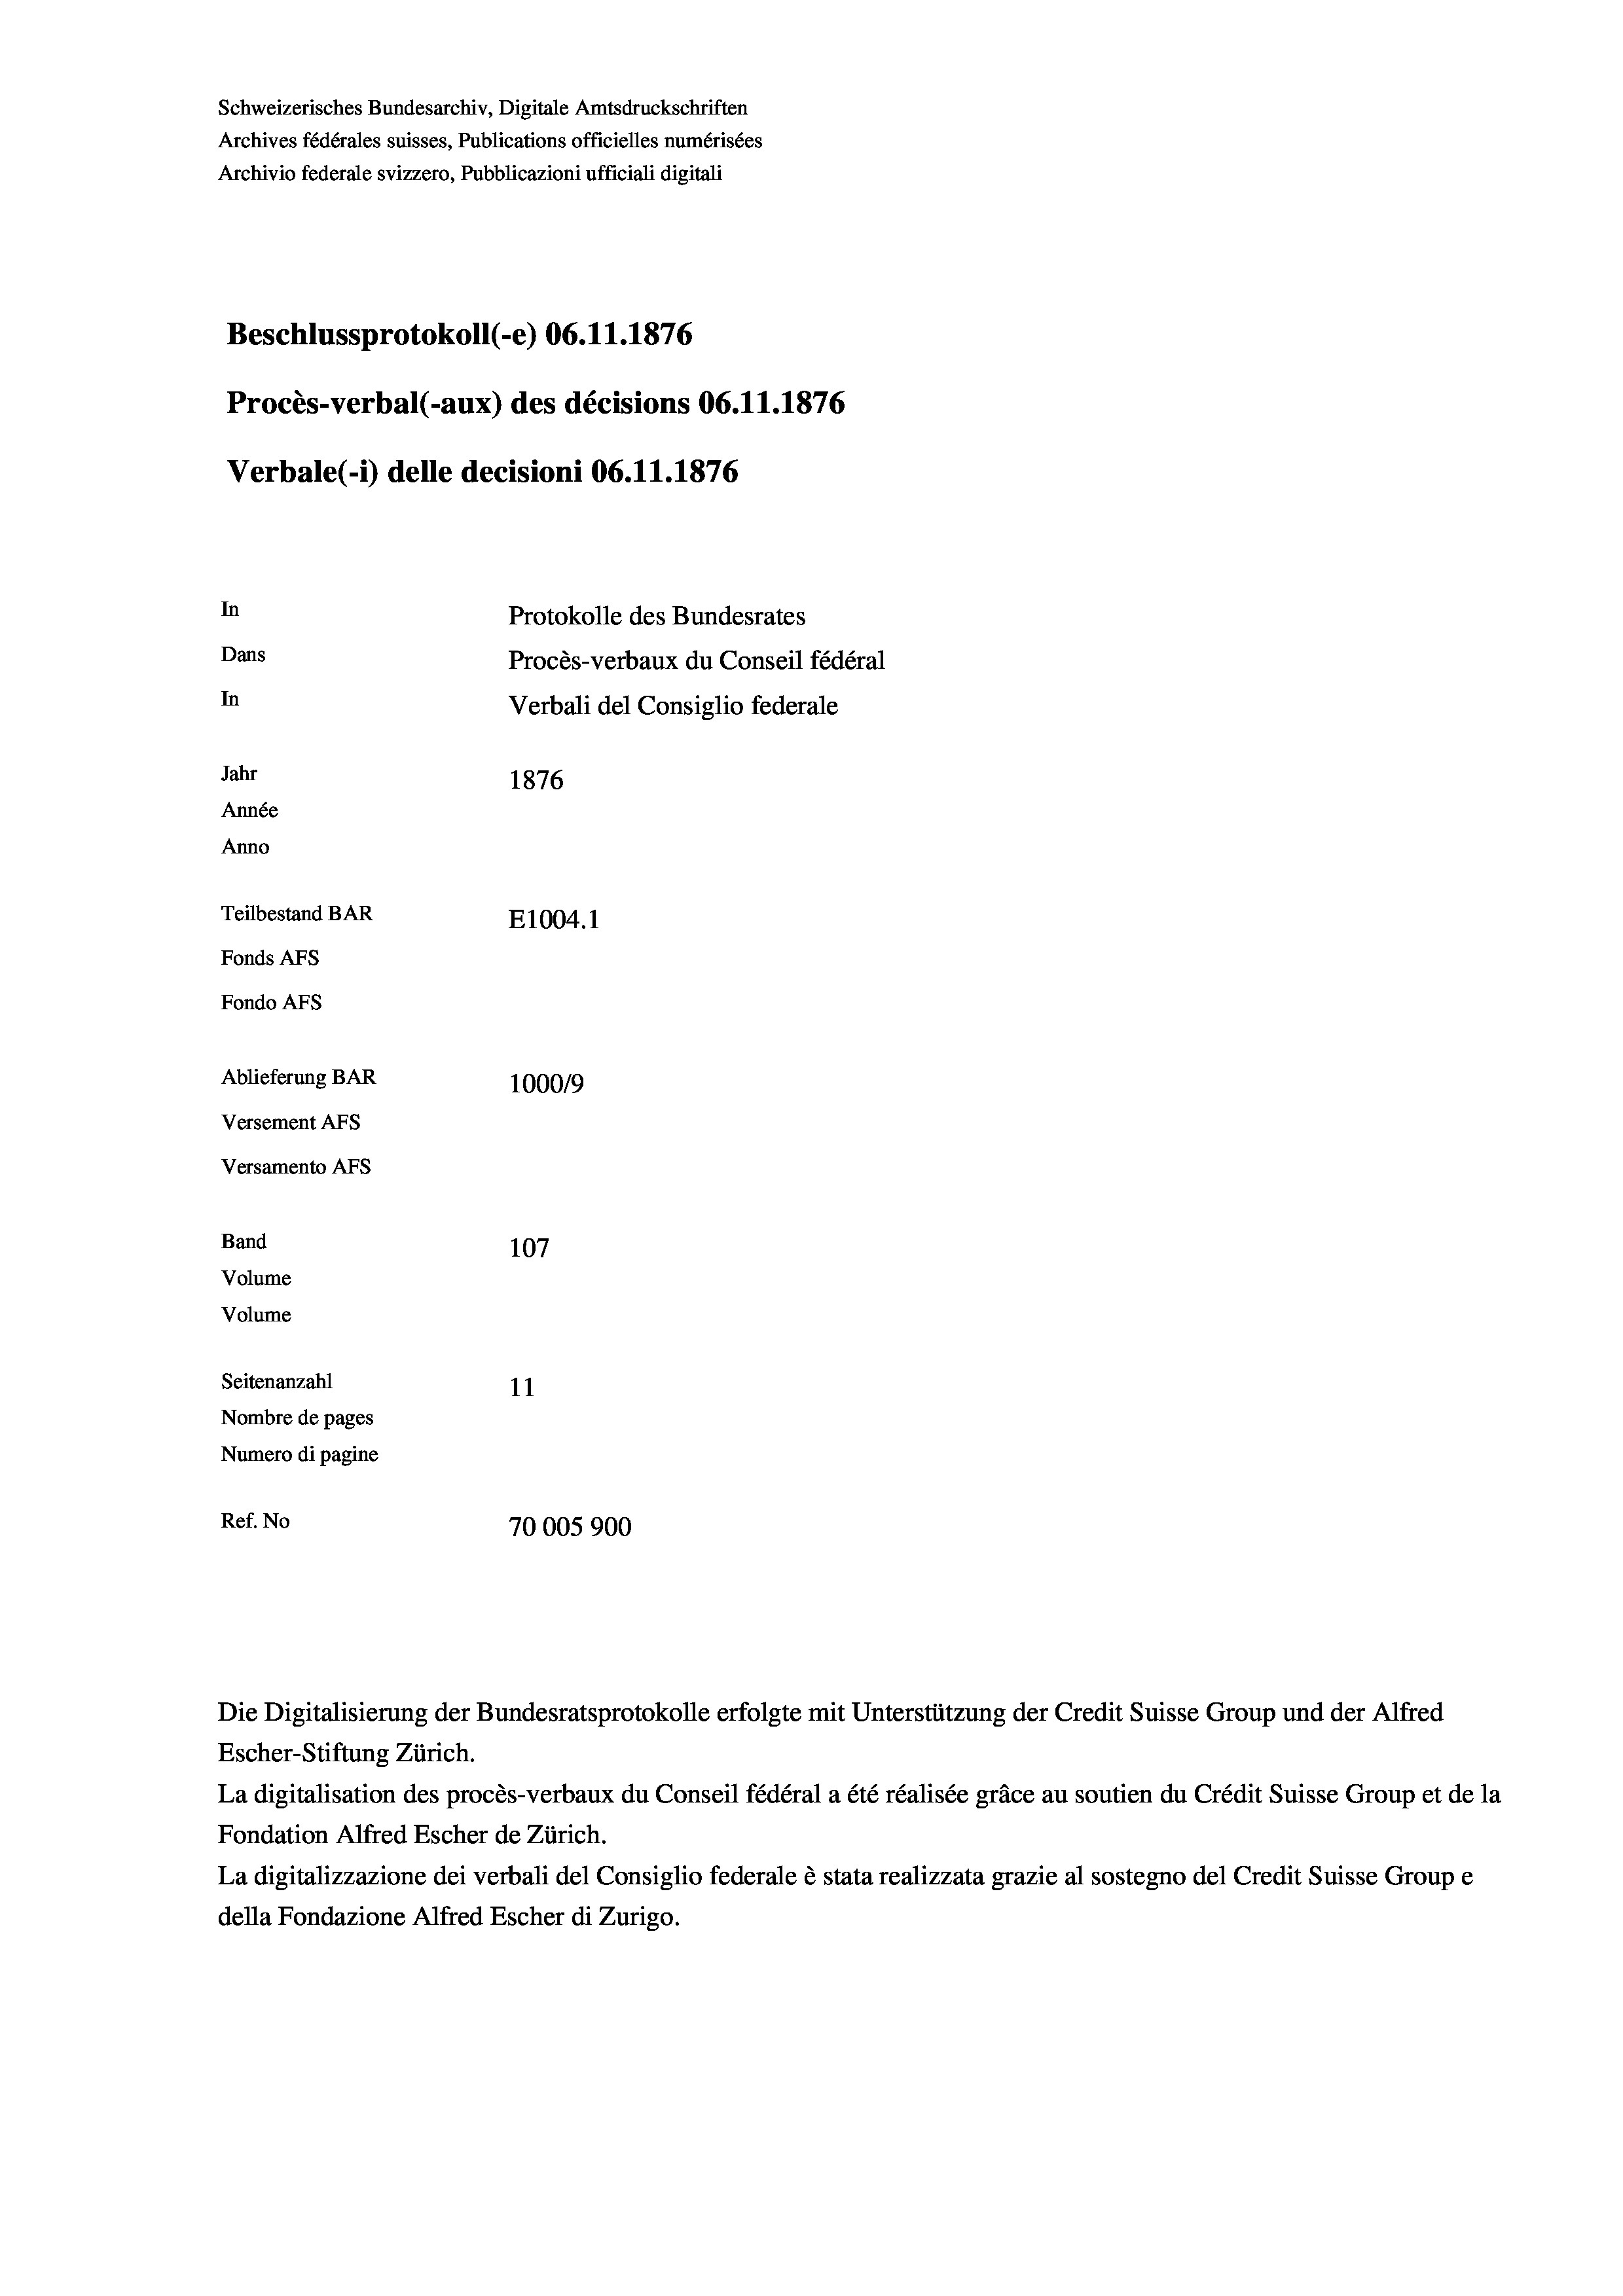
Schweizerisches Bundesarchiv, Digitale Amtsdruckschriften
Archives fédérales suisses, Publications officielles numérisées
Archivio federale svizzero, Pubblicazioni ufficiali digitali
Beschlussprotokoll (-e) 06.11.1876
Procès-verbal (-aux) des décisions 06.11.1876
Verbale (i) delle decisioni 06. 11. 1876
In
Protokolle des Bundesrates
Dans
Procès-verbaux du Conseil fédéral
In
Verbali del Consiglio federale
Jahr
1876
Année
Anno
Teilbestand BAR
E1004. 1
Fonds AFs
Fondo AFs
Ablieferung BAR
1000/9
Versement Abs
Versamento Afs
Band
107
Volume
Volume
Seitenanzahl
11
Nombre de pages
Numero di pagine
Ref. No
70005900

Escher-Stiftung Zürich.
La digitalisation des procès-verbaux du Conseil fédéral a été réalisée gräce au soutien du Crédit Suisse Group et de la
Fondation Alfred Escher de Zürich.
La digitalizzazione dei verbali del Consiglio federale è stata realizzata grazie al sostegno del Credit Suisse Groupe
della Fondazione Alfred Escher di Zurigo.

Die Digitalisierung der Bundesratsprotokolle erfolgte mit Unterstützung der Credit Suisse Group und der Alfred